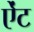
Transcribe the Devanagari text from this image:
ऐंट